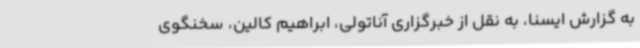
به گزارش ایسنا، به نقل از خبرگزاری آناتولی، ابراهیم کالین، سخنگوی